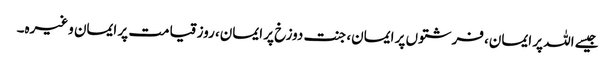
جیسے اللہ پر ایمان، فرشتوں پر ایمان، جنت دوزخ پر ایمان، روز قیامت پر ایمان وغیرہ۔